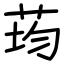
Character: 荺